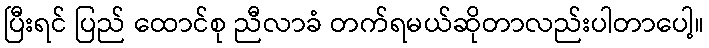
ပြီးရင် ပြည် ထောင်စု ညီလာခံ တက်ရမယ်ဆိုတာလည်းပါတာပေါ့။